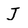
Character: J